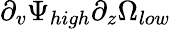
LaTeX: \partial_{v}\Psi_{high}\partial_{z}\Omega_{low}